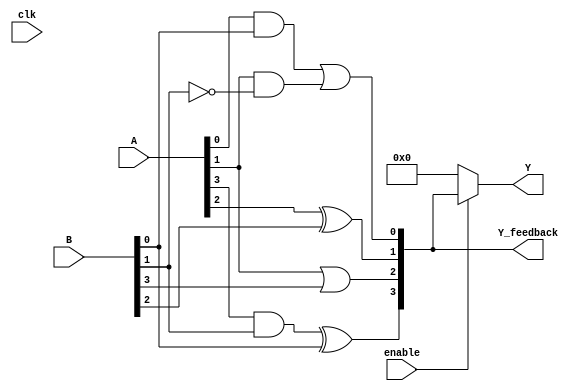
module CLB (
    input  wire [3:0]  A,            // Input Signals
    input  wire [3:0]  B,            // Input Signals
    input  wire        enable,        // Control Signal
    input  wire        clk,           // Clock Signal (not used for combinational logic, but included for context)
    output wire [3:0] Y,             // Output Signals
    output wire [3:0] Y_feedback      // Feedback Output
);

// Declare internal signals for LUTs
wire [3:0] lut_out;

// Example LUT configuration (4-input LUT)
assign lut_out[0] = (A[0] & B[0]) | (A[1] & ~B[1]); // Example logic for LUT0
assign lut_out[1] = (A[2] ^ B[2]);                  // Example logic for LUT1
assign lut_out[2] = (A[1] | B[3]);                  // Example logic for LUT2
assign lut_out[3] = (A[3] & B[1]) ^ B[0];           // Example logic for LUT3

// Interconnects: Route LUT output to output signals based on `enable` control signal
assign Y = enable ? lut_out : 4'b0000; // Output is enabled or set to 0

// Feedback paths (optional)
assign Y_feedback = lut_out; // Feedback to use in further logic if needed

endmodule